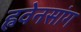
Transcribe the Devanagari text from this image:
ह्ववेनसांग